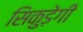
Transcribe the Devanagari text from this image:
सिकुड़ेगी